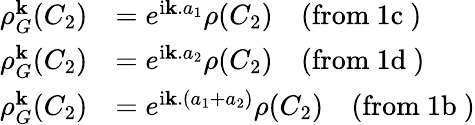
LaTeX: \begin{array}{rl}{\rho_{G}^{\mathbf k}(C_{2})}&{=e^{\mathrm{i}{\mathbf k.a_{1}}}\rho(C_{2})\quad\mathrm{(from~1c~)}}\\ {\rho_{G}^{\mathbf k}(C_{2})}&{=e^{\mathrm{i}{\mathbf k.a_{2}}}\rho(C_{2})\quad\mathrm{(from~1d~)}}\\ {\rho_{G}^{\mathbf k}(C_{2})}&{=e^{\mathrm{i}{\mathbf k.(a_{1}+a_{2})}}\rho(C_{2})\quad\mathrm{(from~1b~)}}\end{array}